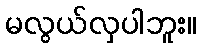
မလွယ်လှပါဘူး။